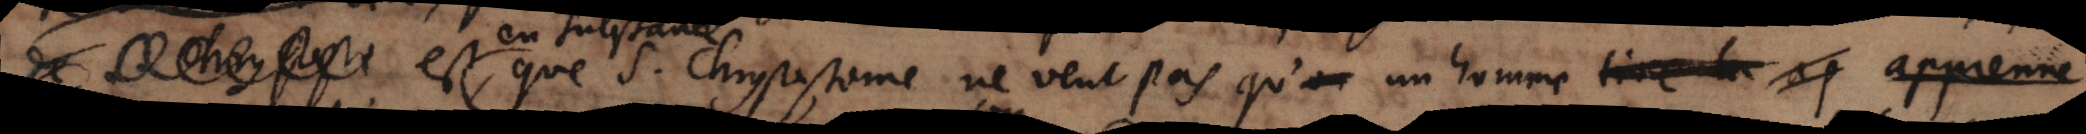
de Chysost est que S. Chrysostome ne veut pas qu’ on un homme ap aprenne